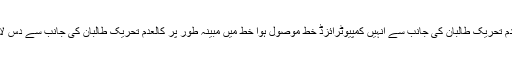
ڈاکٹر شبیر انور کے مطابق کالعدم تحریک طالبان کی جانب سے انہیں کمپیوٹرائزڈ خط موصول ہوا خط میں مبینہ طور پر کالعدم تحریک طالبان کی جانب سے دس لاکھ روپے کا مطالبہ کیا گیا ہے ۔